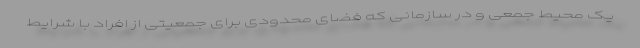
یک محیط جمعی و در سازمانی که فضای محدودی برای جمعیتی از افراد با شرایط